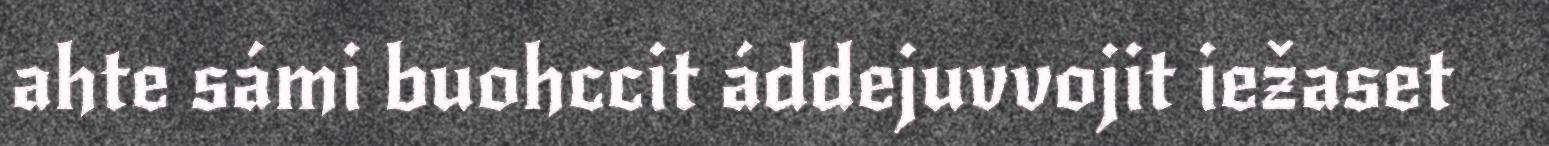
ahte sámi buohccit áddejuvvojit iežaset